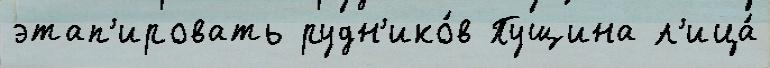
этап'ировать рудн'ико́в Пущина л'ица́